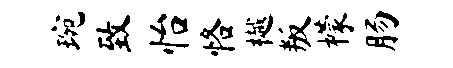
琬致怡恪樾叛檬肠